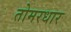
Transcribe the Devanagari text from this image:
तोमरधार